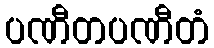
ပဏီတပဏီတံ